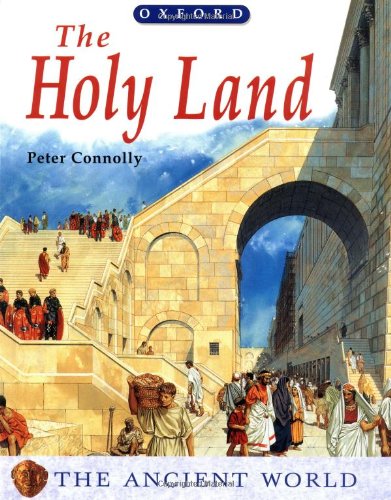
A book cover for The Holy Land (Ancient World); Peter Connolly; Children's Books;